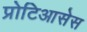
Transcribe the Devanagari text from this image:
प्रोटिआसेस